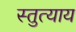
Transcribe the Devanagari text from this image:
स्तुत्याय